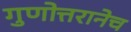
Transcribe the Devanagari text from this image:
गुणोत्तरानेच